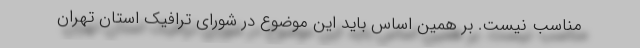
مناسب نیست. بر همین اساس باید این موضوع در شورای ترافیک استان تهران